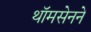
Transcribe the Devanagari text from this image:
थॉमसेनने